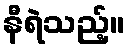
နီရဲသည့်။